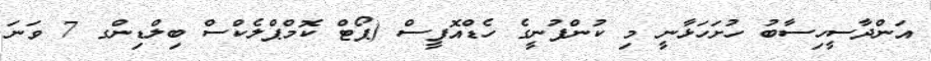
އަންދާސީހިސާބު ހުށަހަޅާނީ މި ކުންފުނީގެ ހެޑްއޮފީސް (ޕޯޓް ކޮމްޕްލެކްސް ބިލްޑިންގ 7 ވަނަ